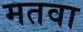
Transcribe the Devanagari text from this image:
मतवा